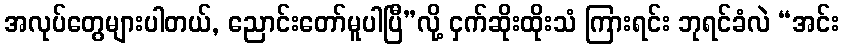
အလုပ်တွေများပါတယ်, ညောင်းတော်မူပါပြီ”လို့ ငှက်ဆိုးထိုးသံ ကြားရင်း ဘုရင်ခံလဲ “အင်း